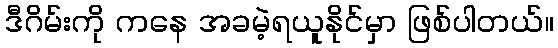
ဒီဂိမ်းကို ကနေ အခမဲ့ရယူနိုင်မှာ ဖြစ်ပါတယ်။